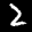
Label: 2